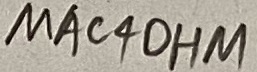
Text: MAC4OHM